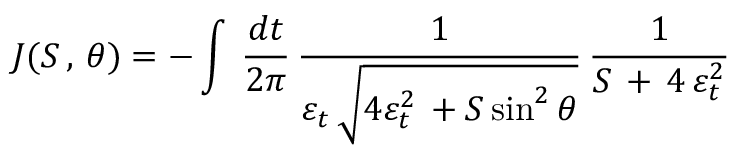
J ( { \cal S } \, , \, \theta ) = - \int \, { \frac { d t } { 2 \pi } } \, { \frac { 1 } { \varepsilon _ { t } \, \sqrt { 4 \varepsilon _ { t } ^ { 2 } \, + { \cal S } \sin ^ { 2 } \theta } } } \, { \frac { 1 } { { \cal S } \, + \, 4 \, \varepsilon _ { t } ^ { 2 } } }